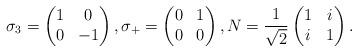
LaTeX: \begin{align*}\sigma_{3} = \begin{pmatrix}1 & 0 \\ 0 & -1\end{pmatrix}, \sigma_{+} = \begin{pmatrix}0 & 1 \\ 0 & 0\end{pmatrix}, N = \frac{1}{\sqrt{2}}\begin{pmatrix}1 & i \\ i & 1\end{pmatrix}.\end{align*}